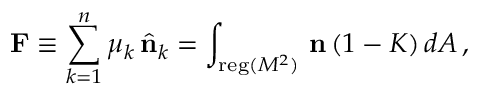
{ \bf F } \equiv \sum _ { k = 1 } ^ { n } \mu _ { k } \, \hat { { \bf n } } _ { k } = \int _ { { \mathrm { \small { r e g } } } ( M ^ { 2 } ) } \, { \bf n } \, ( 1 - K ) \, d A \, ,